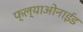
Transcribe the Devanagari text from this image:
फ्ल्याओनाईड